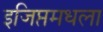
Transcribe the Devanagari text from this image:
इजिप्तमधला